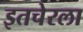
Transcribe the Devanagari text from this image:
इतचेरला